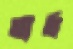
তার্ত